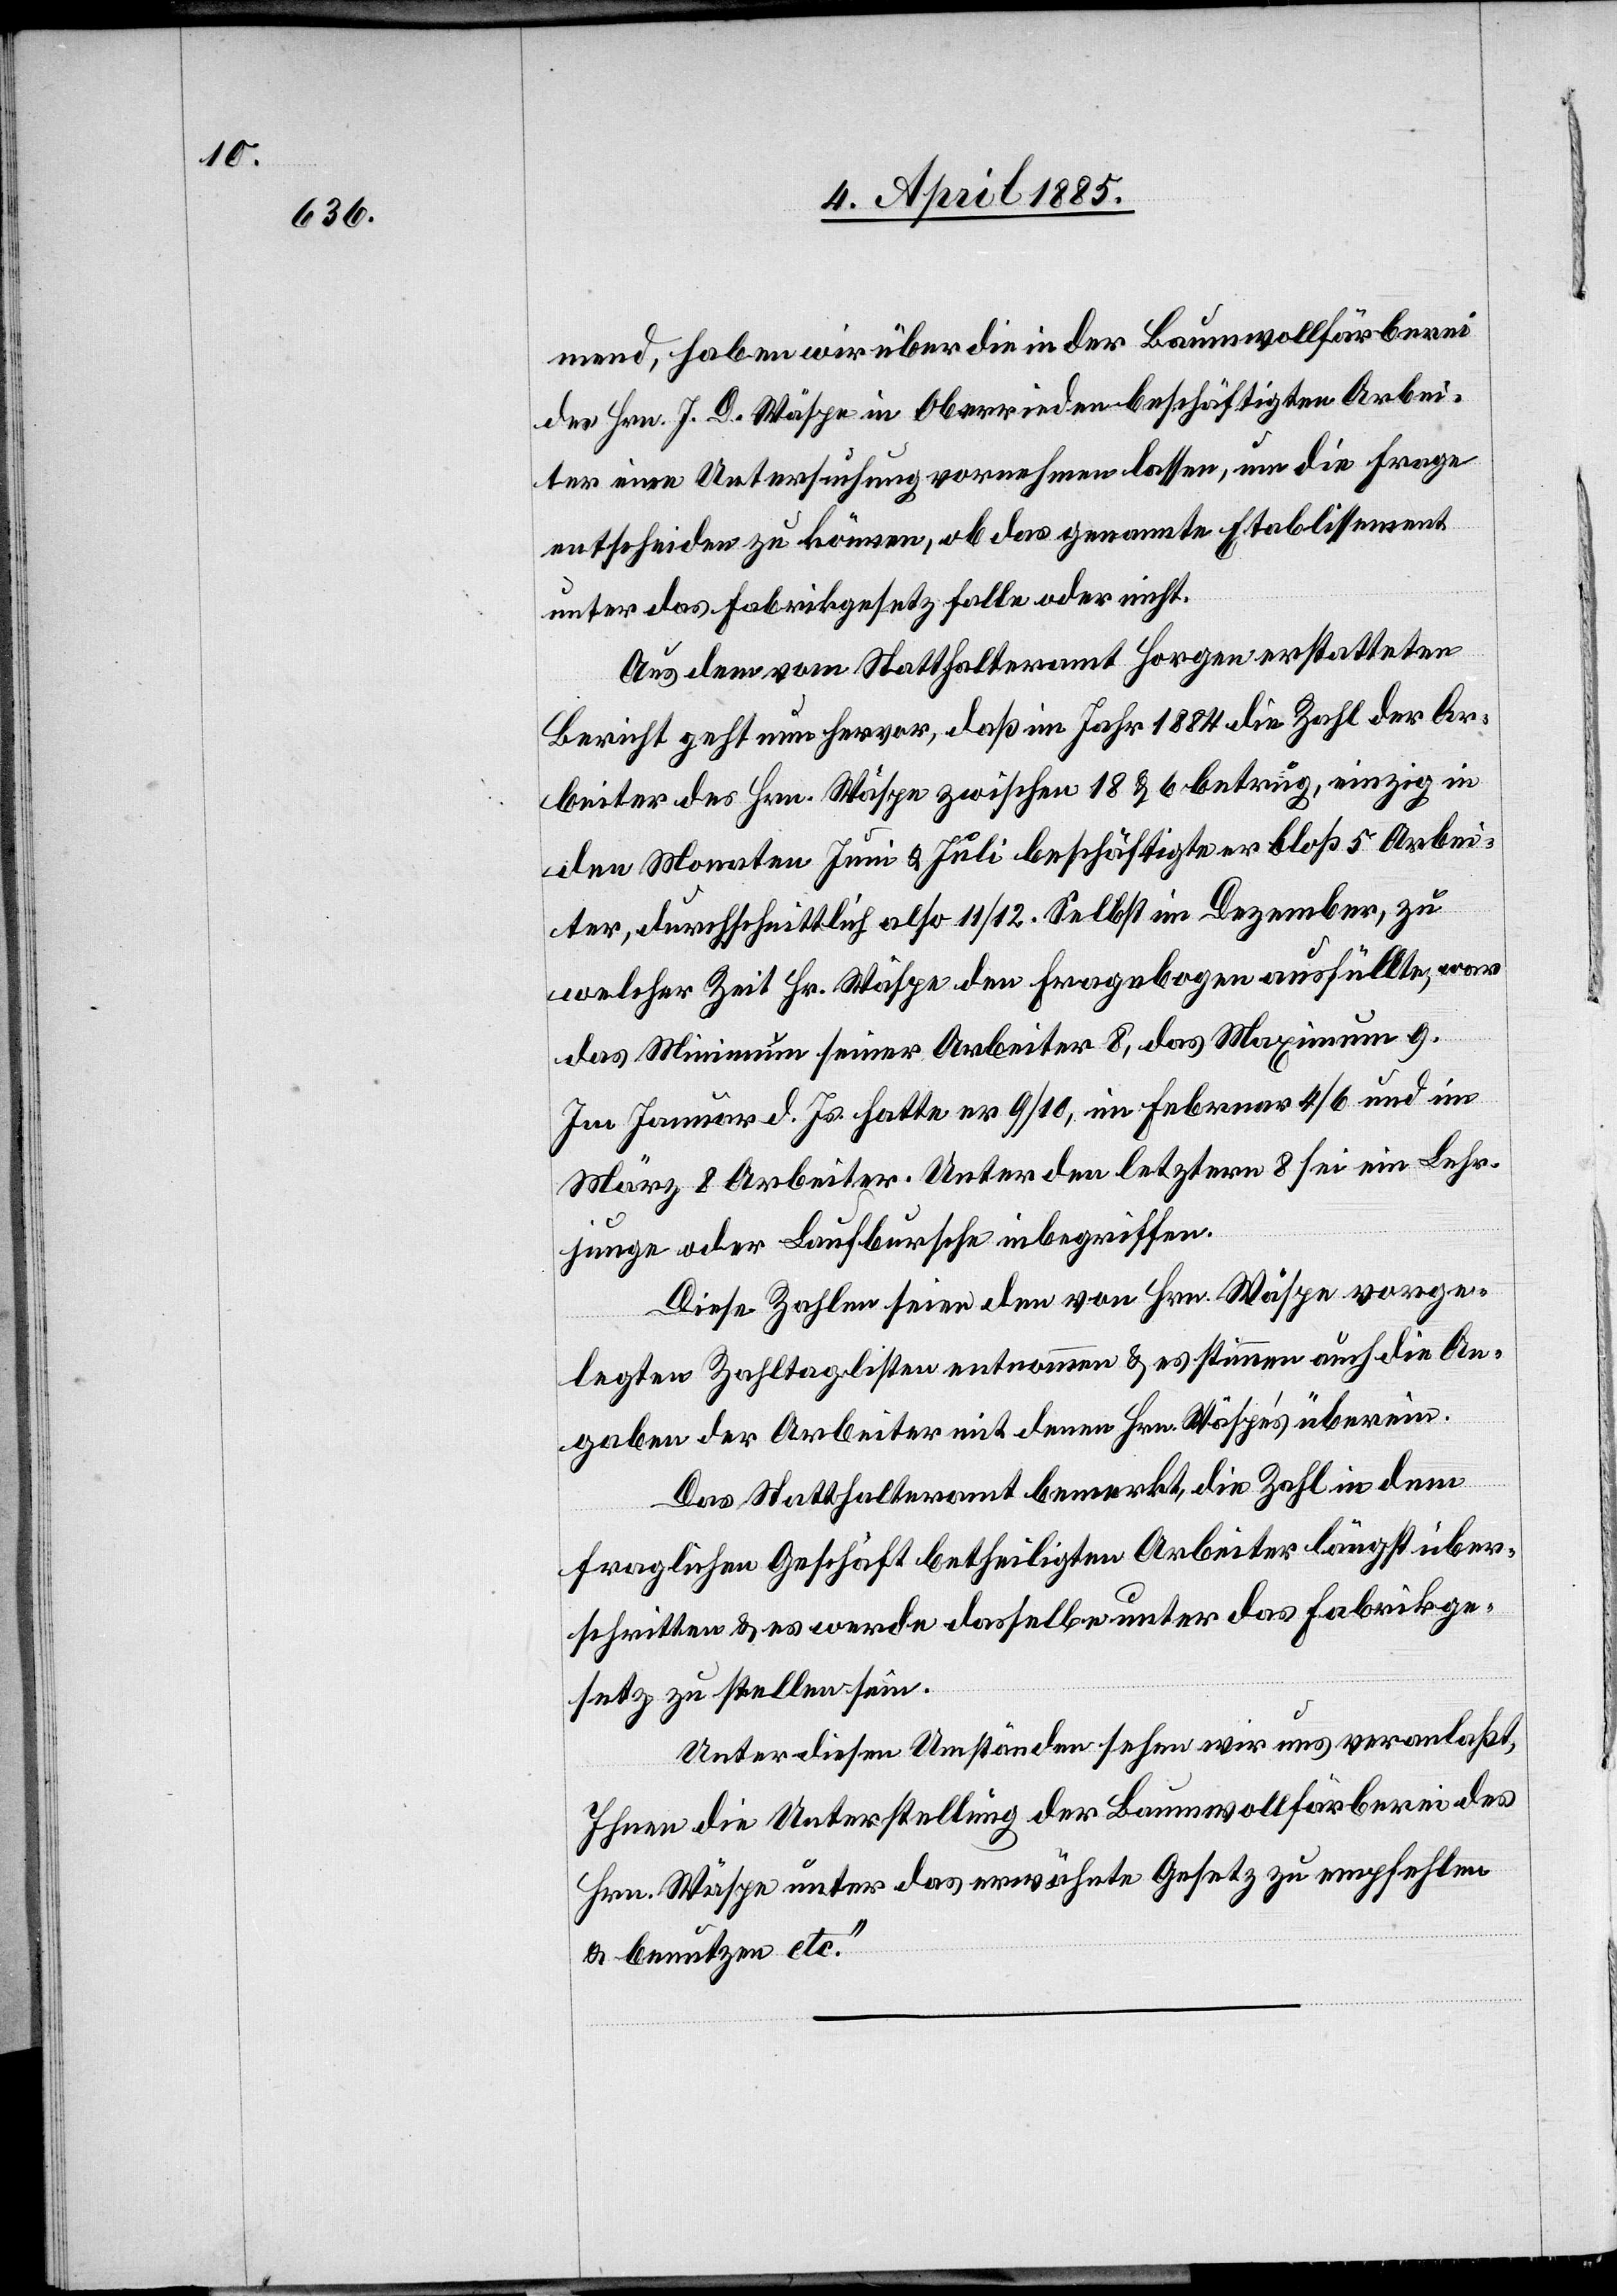
mend, haben wir über die in der Baumwollfärberei
des Hrn. J. D. Wäspe in Oberrieden beschäftigten Arbei¬
ter eine Untersuchung vornehmen lassen, um die Frage
entscheiden zu können, ob das genannte Etablissement
unter das Fabrikgesetz falle oder nicht.
Aus dem vom Statthalteramt Horgen erstatteten
Bericht geht nun hervor, daß im Jahr 1884 die Zahl der Ar¬
beiter des Hrn. Wäspe zwischen 18 & 6 betrug, einzig in
den Monaten Juni & Juli beschäftigte er bloß 5 Arbei¬
ter, durchschnittlich also 11/12. Selbst im Dezember, zu
welcher Zeit Hr. Wäspe den Fragebogen ausfüllte, war
das Minimum seiner Arbeiter 8, das Maximum 9.
Im Januar d. Js. hatte er 9/10, im Februar 4/6 und im
März 8 Arbeiter. Unter den letztern 8 sei ein Lehr¬
junge oder Lehrbursche inbegriffen.
Diese Zahlen seien den von Hrn. Wäspe vorge¬
legten Zahltaglisten entnommen & es stimmen auch die An¬
gaben der Arbeiter mit denen Hrn. Wäspe’s überein.
Das Statthalteramt bemerkt, die Zahl in dem
fraglichen Geschäft betheiligten Arbeiter [sei] längst über¬
schritten & es werde dasselbe unter das Fabrikge¬
setz zu stellen sein.
Unter diesen Umständen sehen wir uns veranlaßt,
Ihnen die Unterstellung der Baumwollfärberei des
Hrn. Wäspe unter das erwähnte Gesetz zu empfehlen
& benutzen etc.“